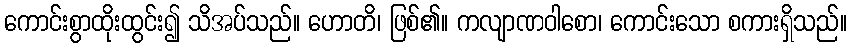
ကောင်းစွာထိုးထွင်း၍ သိအပ်သည်။ ဟောတိ၊ ဖြစ်၏။ ကလျာဏဝါစော၊ ကောင်းသော စကားရှိသည်။